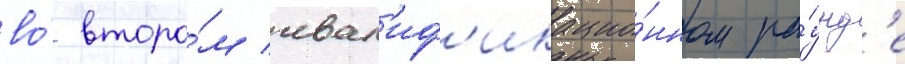
во́ второ́м квал'иф'икацио́нном ра́унд'е